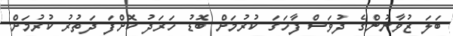
ބަލަ ޒުވާނުންގެ ދުވަސް ފާހަގަ ކުރުމަށް ބޮޑު ހަރަދު ކޮށްފަ ދަތުރު ކުރުމަށް